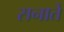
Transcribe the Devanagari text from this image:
सनातें